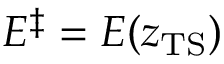
E ^ { \ddagger } = E ( z _ { \mathrm { T S } } )